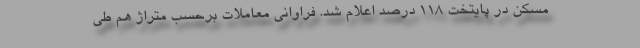
مسکن در پایتخت ۱۱۸ درصد اعلام شد. فراوانی معاملات برحسب متراژ هم طی